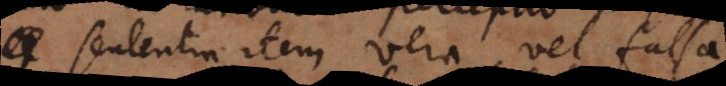
Sententia item vera vel falsa,